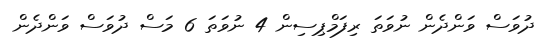
ދުވަސް ވަންދެން ނުވަތަ ރިފަމްޕިސިން 4 ނުވަތަ 6 މަސް ދުވަސް ވަންދެން